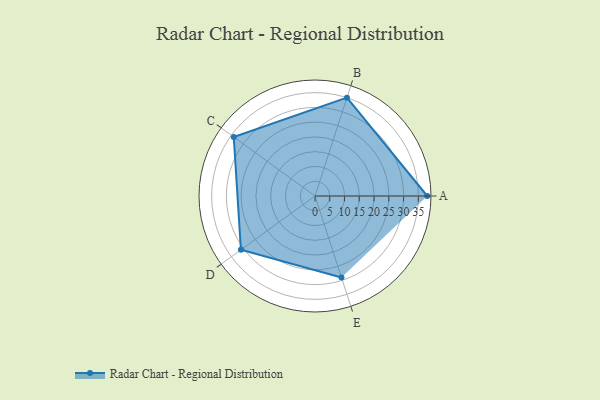
{"axis": {"x": "Skill", "y": "Score"}, "legend": ["Profile"], "data": [{"x": "A", "y": 38.0, "type": "Profile"}, {"x": "B", "y": 35.0, "type": "Profile"}, {"x": "C", "y": 34.0, "type": "Profile"}, {"x": "D", "y": 31.0, "type": "Profile"}, {"x": "E", "y": 29.0, "type": "Profile"}]}